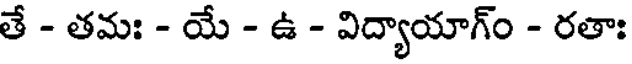
తే - తమః - యే - ఉ - విద్యాయాగ్ం - రతాః